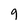
Character: 9